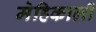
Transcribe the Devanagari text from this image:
मेहिकाली